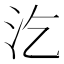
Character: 汔